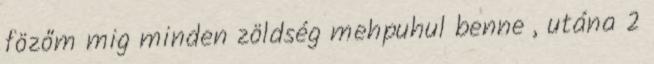
fözőm mig minden zöldség mehpuhul benne , utána 2